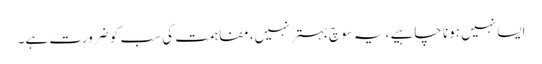
ایسا نہیں ہونا چاہیے ،یہ سوچ بہتر نہیں، مفاہمت کی سب کو ضرورت ہے۔